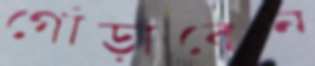
গোঁড়াবেন